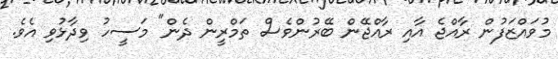
މުވައްޒަފުން ރާއްޖެ އާއި ރާއްޖޭން ބޭރުންވެސް ތަމްރީން ދެން" މަސީހު ވިދާޅުވި އެވެ.